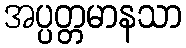
အပ္ပတ္တမာနသာ